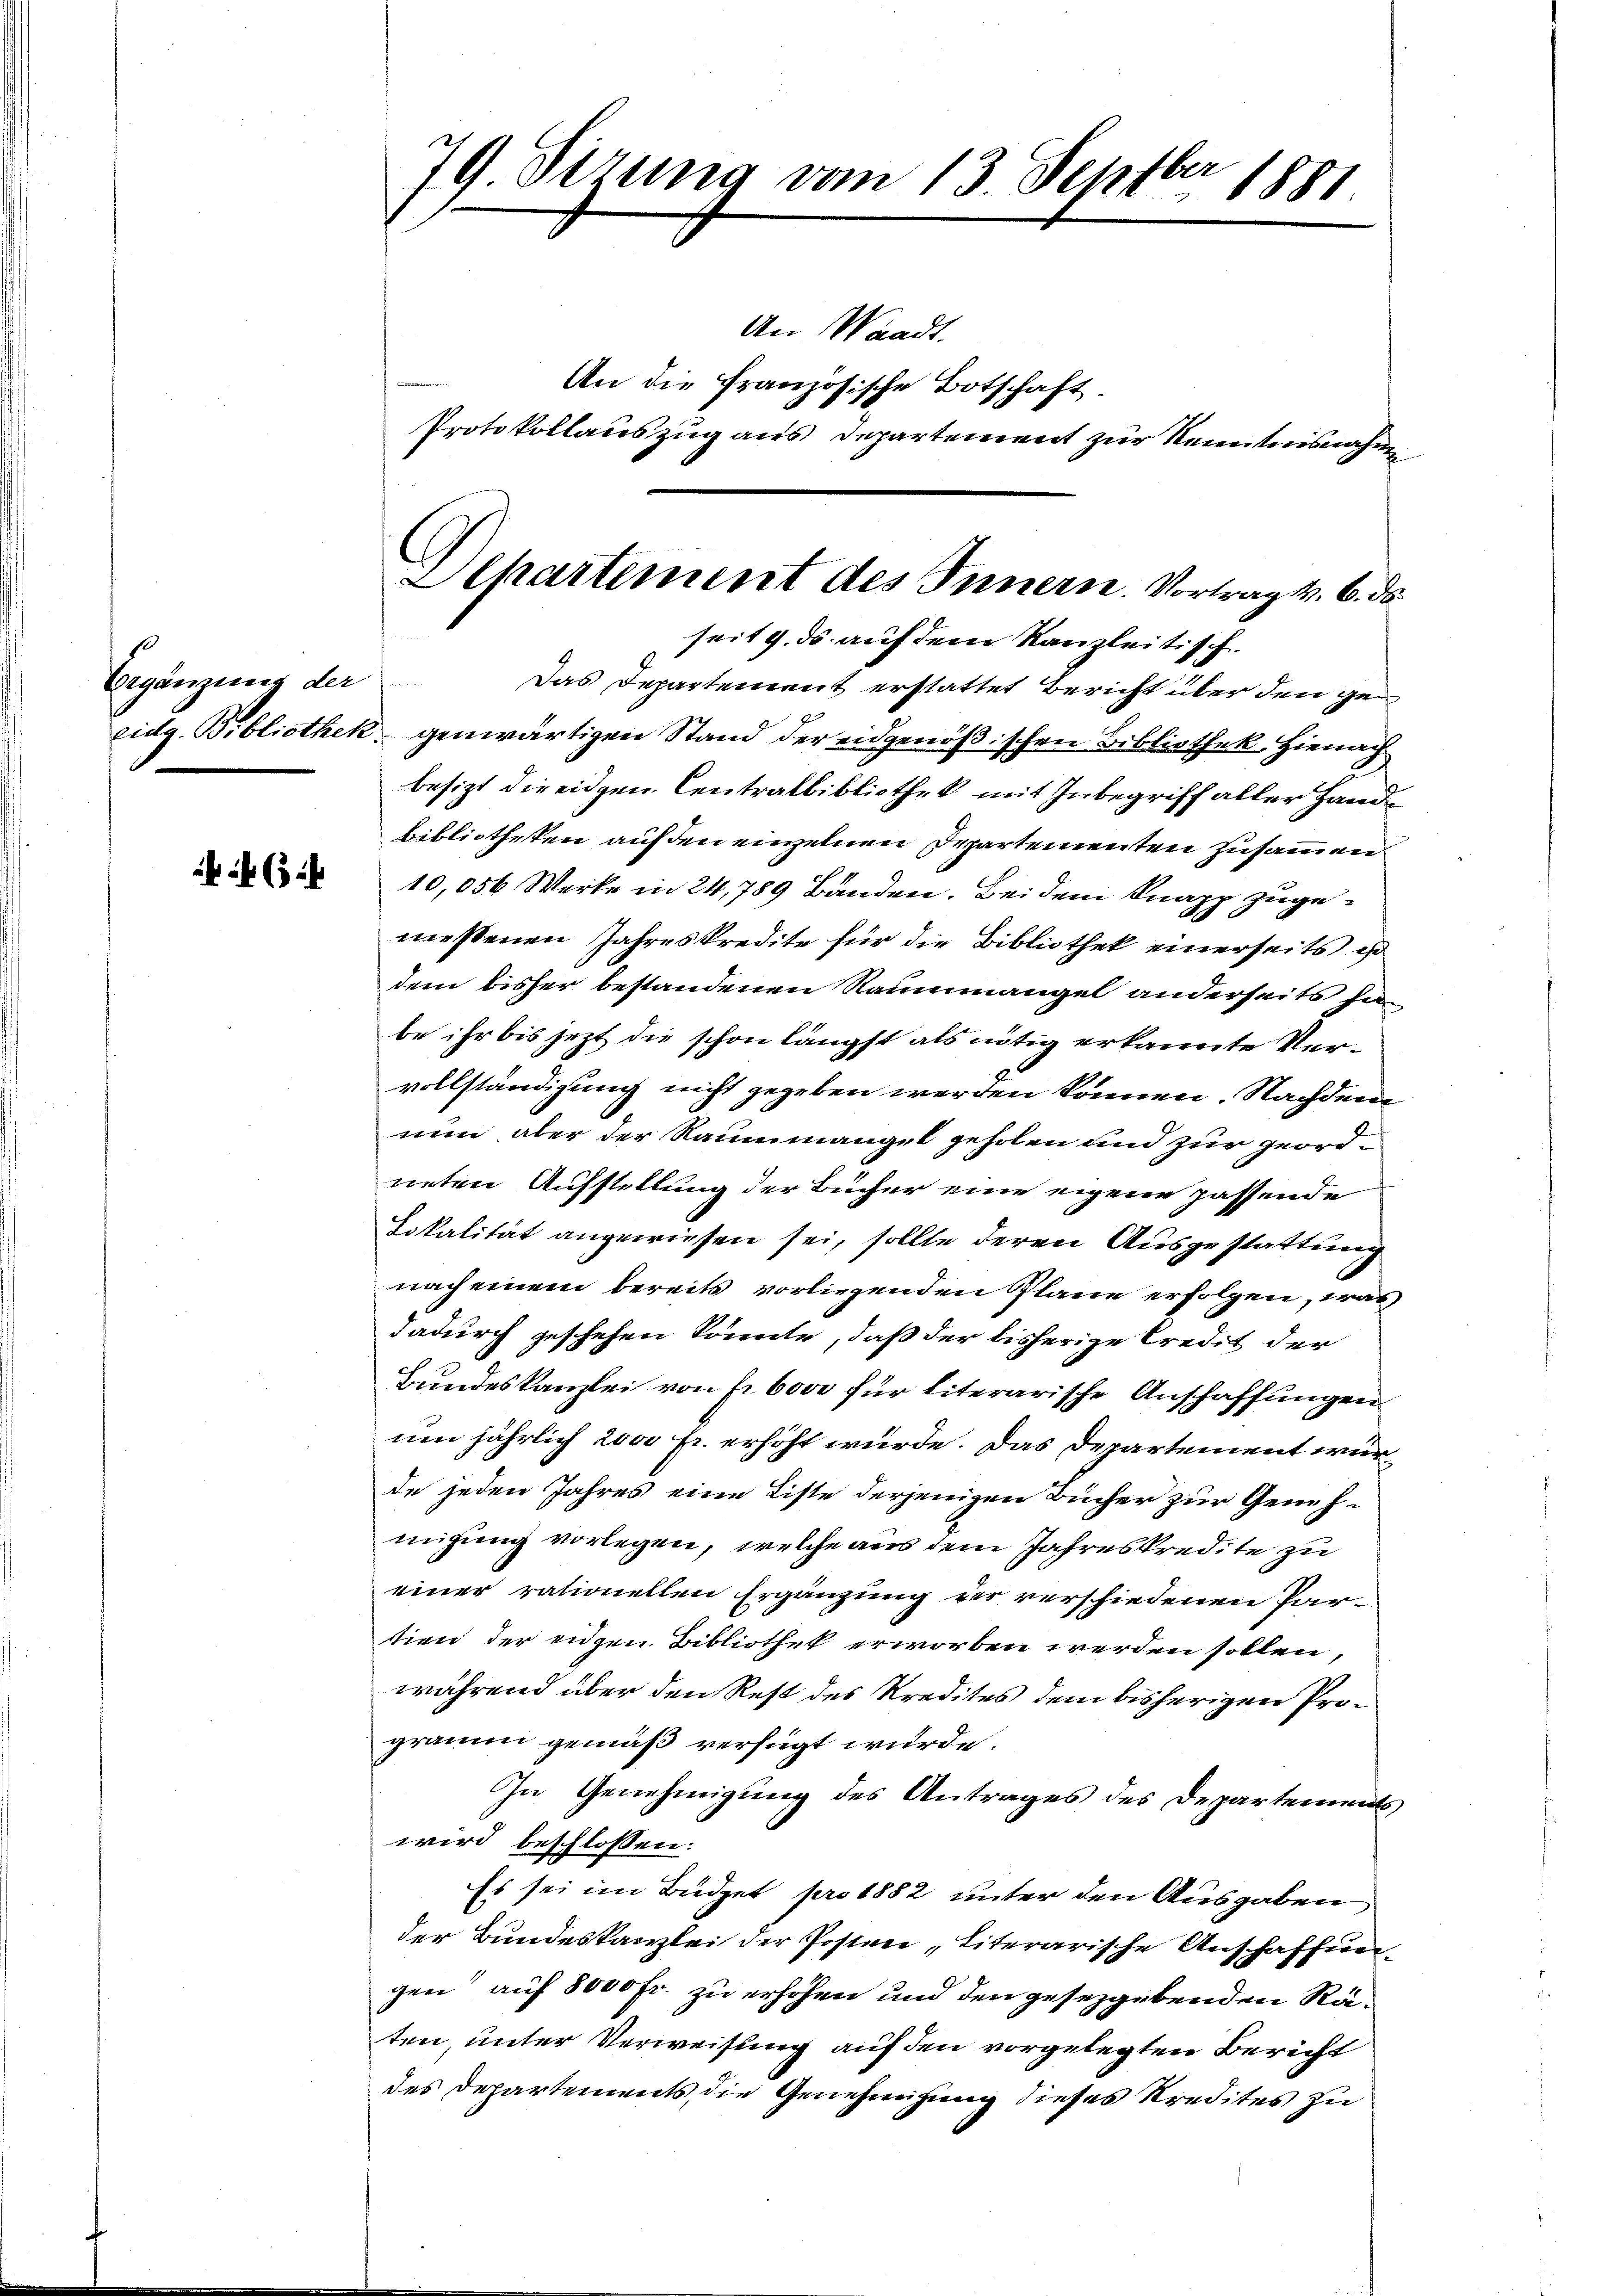
Ergänzung der

f 634

79 Sirung vom 13. Septbr 1881

An Waadt.
Protokollauszug aus Departement zur Kenntnisnahm

An die französische Botschaft.

Alhartement des Innern. Vortrag v. 6. ds
seit 9. ds auf dem Kanzleitisch.

Das Departement erstattet Bericht über den geeidg. Bibliothek genwärtigen Stand der eidgenößischen Bibliothek, Hienach
besizt die eigen Centralbibliothek mit Inbegriff aller Handbibliotheken auf den einzelnen Departementen zusammen
10,056 Werke in 24, 789 Banden. Bei dem Knapp zugemessenen Jahreskredite für die Bibliothek einerseits is
dem bisher bestandenen Raummangel anderseits hie
be ihr bis jetzt die schon längst als nötig erkannte Vervollständigung nicht gegeben werden können. Nachdem
nun aber der Raummangel geholen und zur geord
neten Aufstellung der Bücher eine eigene passende
Lokalität angewiesen sei, sollte deren Ausgestattung
nach einem bereits vorliegenden Plane erfolgen, was
dadurch geschehen könnte, daß der bisherige Credit der
Bundeskanzlei von fr bori für literarische Anschaffungen
um jährlich 200 Fr. erhöht würde. Das Departement würde jeden Jahres eine Liste derjenigen Bücher zur Genehmigung vorlegen, welche aus dem Jahreskredite zu
einer rationellen Ergänzung der verschiedenen Partien der eigen Bibliothek erworben werden sollen,
während über den Rest des Kredites dem bisherigen Programm gemäß verfügt wurde.
In Genehmigung des Antrages des Departements
wird beschlossen:
Es sei im Büdget pro 1882 unter den Ausgaben
der Bundeskanzlei der Posten, literarische Anschaffungen auf 8000 Fr. zu erhöhen und den gesetzgebenden Räten, unter Verweisung auf den vorgelegten Bericht
des Departements die Genehmigung dieses Kredites zu